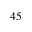
4 5